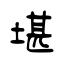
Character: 堪